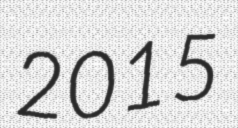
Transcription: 2015